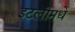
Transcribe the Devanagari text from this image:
इटलीमधे